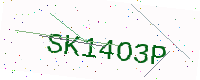
Text: SK14O3P